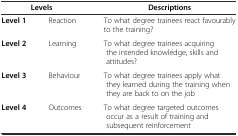
<table><thead><tr><td><b>Levels</b></td><td>[EMPTY_CELL]</td><td><b>Descriptions</b></td></tr></thead><tbody><tr><td><b>Level 1</b></td><td>Reaction</td><td>To what degree trainees react favourably to the training?</td></tr><tr><td><b>Level 2</b></td><td>Learning</td><td>To what degree trainees acquiring the intended knowledge, skills and attitudes?</td></tr><tr><td><b>Level 3</b></td><td>Behaviour</td><td>To what degree trainees apply what they learned during the training when they are back to on the job</td></tr><tr><td><b>Level 4</b></td><td>Outcomes</td><td>To what degree targeted outcomes occur as a result of training and subsequent reinforcement</td></tr></tbody></table>